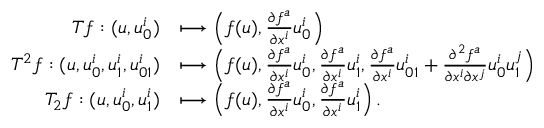
\begin{array} { r l } { { T } f : ( u , u _ { 0 } ^ { i } ) } & { \longmapsto \Bigl ( f ( u ) , \frac { \partial f ^ { a } } { \partial x ^ { i } } u _ { 0 } ^ { i } \Bigr ) } \\ { { T } ^ { 2 } f : ( u , u _ { 0 } ^ { i } , u _ { 1 } ^ { i } , u _ { 0 1 } ^ { i } ) } & { \longmapsto \Bigl ( f ( u ) , \frac { \partial f ^ { a } } { \partial x ^ { i } } u _ { 0 } ^ { i } , \frac { \partial f ^ { a } } { \partial x ^ { i } } u _ { 1 } ^ { i } , \frac { \partial f ^ { a } } { \partial x ^ { i } } u _ { 0 1 } ^ { i } + \frac { \partial ^ { 2 } f ^ { a } } { \partial x ^ { i } \partial x ^ { j } } u _ { 0 } ^ { i } u _ { 1 } ^ { j } \Bigr ) } \\ { { T } _ { 2 } f : ( u , u _ { 0 } ^ { i } , u _ { 1 } ^ { i } ) } & { \longmapsto \Bigl ( f ( u ) , \frac { \partial f ^ { a } } { \partial x ^ { i } } u _ { 0 } ^ { i } , \frac { \partial f ^ { a } } { \partial x ^ { i } } u _ { 1 } ^ { i } \Bigr ) \, . } \end{array}